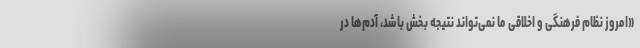
«امروز نظام فرهنگی و اخلاقی ما نمی‌تواند نتیجه بخش باشد، آدم‌ها در